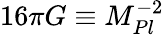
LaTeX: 16\pi G\equiv M_{Pl}^{-2}